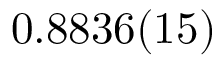
0 . 8 8 3 6 ( 1 5 )